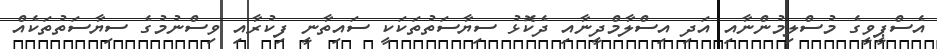
އެސްޕީވީގެ މުސްލިމުންނާއި އަދި އިސްލާމްދީނާއި ދެކޮޅު ސިޔާސަތުތަކަކީ ސައިތާނީ ފިކުރާއި ވިސްނުމުގެ ސިޔާސަތުތަކެއް